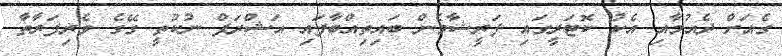
ގެއަށް ދެއުމާއި އެކު ކޮޓަރީގައި ފަރީޝާމެން ބައިތިއްބާފައި އަޝްރަފް ނުކުތީ ގޭގެ ވެރިފަރާތާ